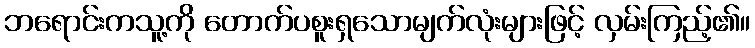
ဘရောင်းကသူ့ကို တောက်ပစူးရှသောမျက်လုံးများဖြင့် လှမ်းကြည့်၏။